Tezpur Lunatic Asylum reports 1895-1904 - 1895-1904
Year: 1895
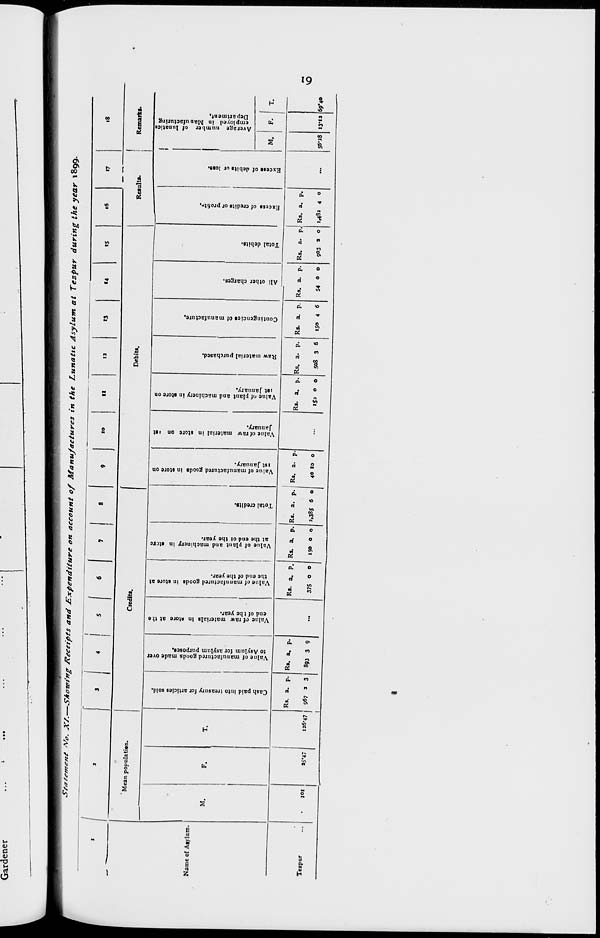
<»
N
s a
>
I
2
00
Ol
o
o
o
o
o
Vj
Ol
00
a
o»
50
■a
J»
M
?
50
o
o
»
o
^
73
II)
o
o
7
73
73
73
w
o
_o
>?
^
F
u
H
?*
o
>a
50
P
a
e
0)
Cash paid into treasury for articles sold.
Value of manufactured goods made over
to Asylum for asylum purposes.
Value of raw materials In store at the
end of the year.
Value of manufactured goods in store at
the end of the year.
n
ft
sr
Value of plant and machinery in stcre
at the end ot the year.
Total credits.
Value of manufactured goods in store on
ist January.
Value of raw material in store on i at
January.
Value of plant and machinery in store on
ist January.
Raw material purchased.
Contingencies of manufacture.
All other charges.
Total debits.
O
n
o-
Exccss of credits or profitn.
Excess of debits or loss.
Average number of lunatics
employed in Manufacturing
Department,
50
a c
ft
4
ft.
I
ft, n.
*«.
8
3
R
f
R
3
R
a
R
ft
1
R
1
ft,
R
t
cro.
r%
Si
ft
1
6i